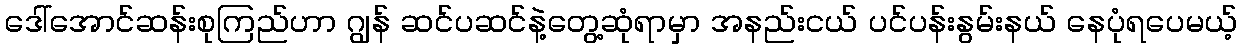
ဒေါ်အောင်ဆန်းစုကြည်ဟာ ဂျွန် ဆင်ပဆင်နဲ့တွေ့ဆုံရာမှာ အနည်းငယ် ပင်ပန်းနွမ်းနယ် နေပုံရပေမယ့်